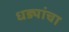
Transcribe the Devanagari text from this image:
धड्यांचा